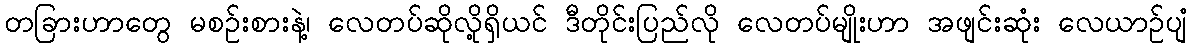
တခြားဟာတွေ မစဉ်းစားနဲ့၊ လေတပ်ဆိုလို့ရှိယင် ဒီတိုင်းပြည်လို လေတပ်မျိုးဟာ အဖျင်းဆုံး လေယာဉ်ပျံ